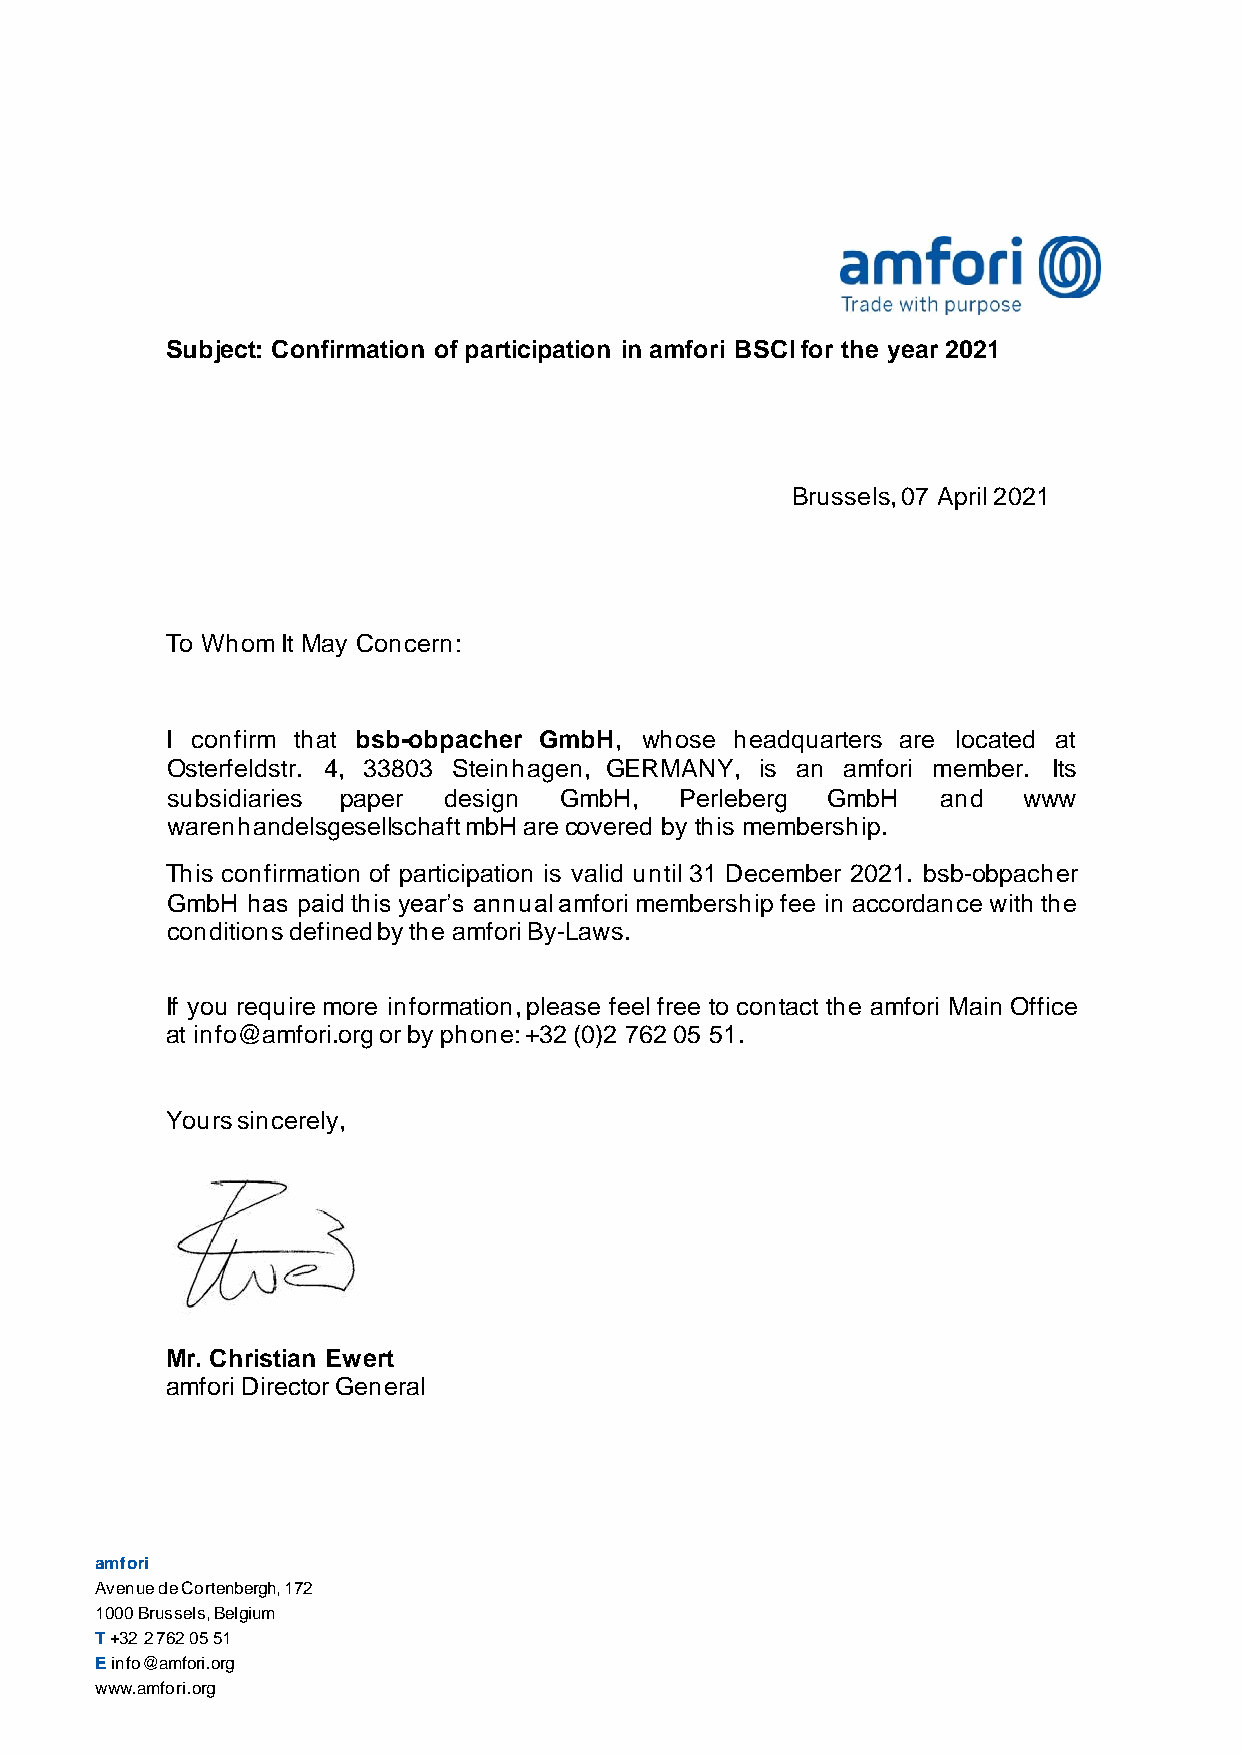
Subject: Confirmation of participation in amfori BSCI for the year 2021
 Brussels, 07 April 2021
 To Whom It May Concern:
 I confirm that bsb-obpacher GmbH, whose headquarters are located at
 Osterfeldstr. 4, 33803 Steinhagen, GERMANY, is an amfori member. Its
 subsidiaries paper design GmbH,   Perleberg GmbH   and   www
 warenhandelsgesellschaft mbH are covered by this membership.
 This confirmation of participation is valid until 31 December 2021. bsb-obpacher
 GmbH has paid this year’s annual amfori membership fee in accordance with the
 conditions defined by the amfori By-Laws.
 If you require more information, please feel free to contact the amfori Main Office
 at info@amfori.org or by phone: +32 (0)2 762 05 51.
 Yours sincerely,
 Mr. Christian Ewert
 amfori Director General
 amfori
 Avenue de Cortenbergh, 172
 1000 Brussels, Belgium
 T +32 2 762 05 51
 E info@a mfori.org
 www.amfori.org